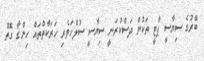
ބޭރުގެ ސިޔާސީ ޕާޓީ ތަކުން ދަސްކުރަނީ ސިޔާސީ ސުލްހަވެރި ހަރަކާތްތައް ހިންގާ ގޮތް